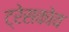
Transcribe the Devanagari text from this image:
ट्रेसकोव